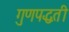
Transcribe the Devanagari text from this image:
गुणपद्धती